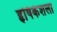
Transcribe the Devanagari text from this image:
हृषिकेशला